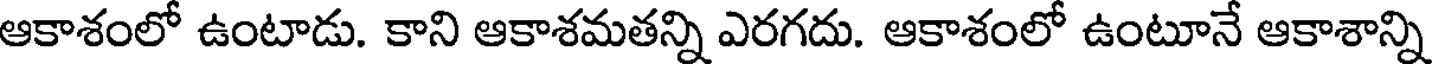
ఆకాశంలో ఉంటాడు. కాని ఆకాశమతన్ని ఎరగదు. ఆకాశంలో ఉంటూనే ఆకాశాన్ని